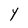
Character: Y